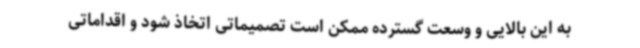
به این بالایی و وسعت گسترده ممکن است تصمیماتی اتخاذ شود و اقداماتی